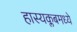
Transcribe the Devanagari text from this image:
हास्यक्लबमध्ये